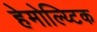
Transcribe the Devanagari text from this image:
हेमोल्य्टिक